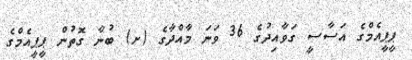
ޕީޕީއެމްގެ އަސާސީ ގަވާއިދުގެ 36 ވަނަ މާއްދާގެ (ށ) ބުނާ ގޮތުން ޕީޕީއެމްގެ